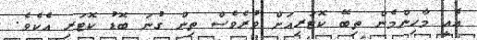
އެއީ މާހިންމެން ތިބޭ ކޮޓަރިއަށް ވުރެވެސް ތިން ގުނަ ބޮޑު ކޮޓަރި އެކެވެ.